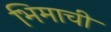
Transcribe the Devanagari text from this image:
भिमाची